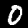
Digit: 0